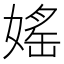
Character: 媱